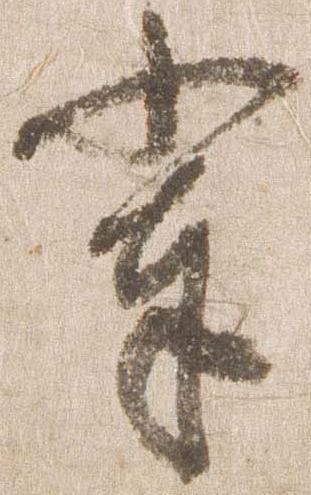
輩